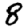
Digit: 8